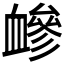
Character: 𧗋